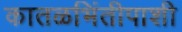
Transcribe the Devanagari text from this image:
कातळभिंतीपाशी